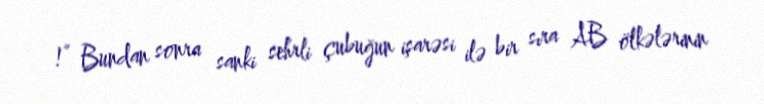
!” Bundan sonra sanki sehrli çubuğun işarəsi ilə bir sıra AB ölkələrinin